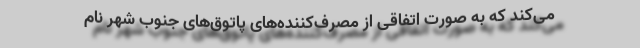
می‌کند که به صورت اتفاقی از مصرف‌کننده‌های پاتوق‌های جنوب شهر نام